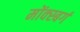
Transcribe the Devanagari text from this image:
मोंक्स्बर्ग